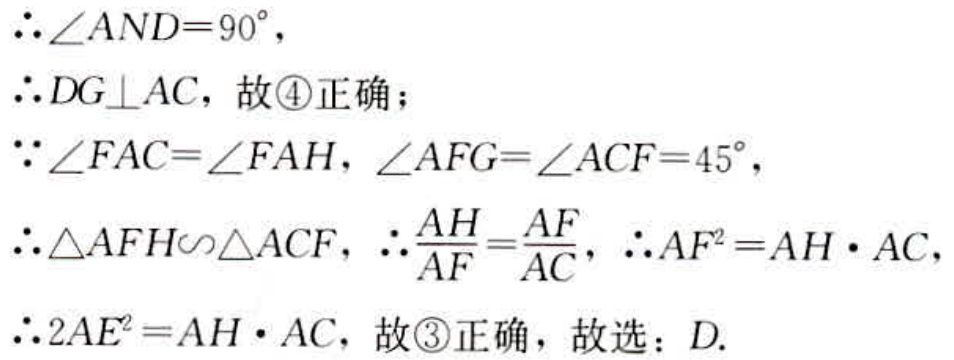
$\therefore \angle AND = 90^{\circ},$
$\therefore DG\perp AC，故\textcircled{4}正确；$
$\because \angle FAC=\angle FAH,\angle AFG = \angle ACF = 45^{\circ},$
$\therefore \triangle AFH\backsim\triangle ACF,\therefore \frac{AH}{AF}=\frac{AF}{AC},\therefore AF^{2}=AH\cdot AC,$
$\therefore 2AE^{2}=AH\cdot AC，故\textcircled{3}正确，故选：D.$